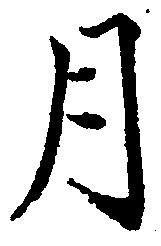
月